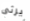
يرثى